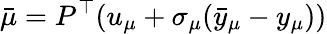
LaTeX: \bar{\mu}=P^{\top}(u_{\mu}+\sigma_{\mu}(\bar{y}_{\mu}-y_{\mu}))